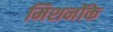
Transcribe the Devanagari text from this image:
मिशनोंके